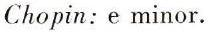
Chopin: e minor.